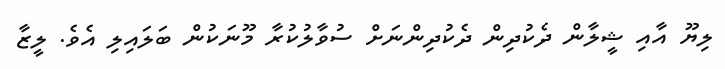
ލިޔޫ އާއި ޝީލާން ދެކުދިން ދެކުދިންނަށް ސުވާލުކުރާ މޫނަކުން ބަލައިލި އެވެ. ލީޒާ